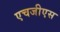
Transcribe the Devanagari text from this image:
एचजीएस